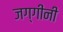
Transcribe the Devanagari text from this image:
जग्गींनी